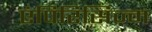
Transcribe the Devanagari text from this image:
एंपिरिसिज्म